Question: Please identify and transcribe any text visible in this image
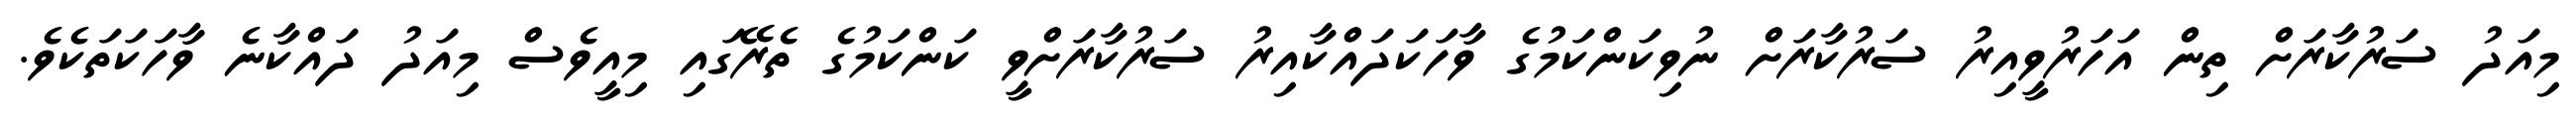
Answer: މިއަދު ސަރުކާރަށް ތިން އަހަރުވީއިރު ސަރުކާރަށް ނުވިކަންކަމުގެ ވާހަކަދައްކާއިރު ސަރުކާރަށްވީ ކަންކަމުގެ ތެރޭގައި މިއީވެސް މިއަދު ދައްކާނެ ވާހަކަތަކެވެ.